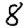
Digit: 8